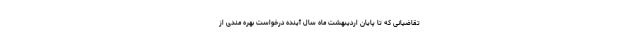
تقاضیانی که تا پایان اردیبهشت ماه سال آینده درخواست بهره مندی از